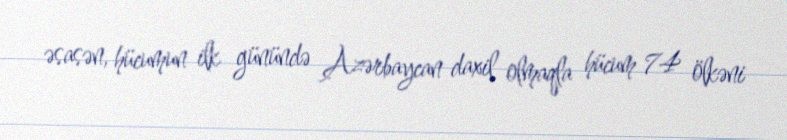
əsasən, hücumun ilk günündə Azərbaycan daxil olmaqla hücum 74 ölkəni